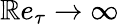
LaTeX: \mathbb{R}e_{\tau}\rightarrow\infty